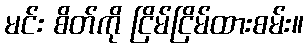
မင်း စိတ်ကို ငြိမ်ငြိမ်ထားစမ်း။